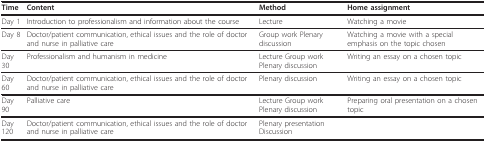
<table><thead><tr><td><b>Time</b></td><td><b>Content</b></td><td><b>Method</b></td><td><b>Home assignment</b></td></tr></thead><tbody><tr><td>Day 1</td><td>Introduction to professionalism and information about the course</td><td>Lecture</td><td>Watching a movie</td></tr><tr><td>Day 8</td><td>Doctor/patient communication, ethical issues and the role of doctor and nurse in palliative care</td><td>Group work Plenary discussion</td><td>Watching a movie with a special emphasis on the topic chosen</td></tr><tr><td>Day 30</td><td>Professionalism and humanism in medicine</td><td>Lecture Group work Plenary discussion</td><td>Writing an essay on a chosen topic</td></tr><tr><td>Day 60</td><td>Doctor/patient communication, ethical issues and the role of doctor and nurse in palliative care</td><td>Plenary discussion</td><td>Writing an essay on a chosen topic</td></tr><tr><td>Day 90</td><td>Palliative care</td><td>Lecture Group work Plenary discussion</td><td>Preparing oral presentation on a chosen topic</td></tr><tr><td>Day 120</td><td>Doctor/patient communication, ethical issues and the role of doctor and nurse in palliative care</td><td>Plenary presentation Discussion</td><td></td></tr></tbody></table>